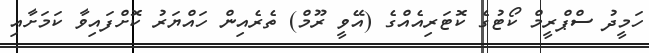
ހަމީދު ސްޕްރީމް ކޯޓުގެ ކޮޓަރިއެއްގެ (އޭވީ ރޫމް) ތެރެއިން ހައްޔަރު ކޮށްފައިވާ ކަމަށާއި